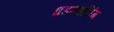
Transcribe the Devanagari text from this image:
धडधडसिंग